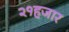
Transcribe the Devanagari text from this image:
२१हजार